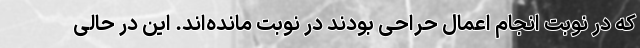
که در نوبت انجام اعمال حراحی بودند در نوبت مانده‌اند. این در حالی